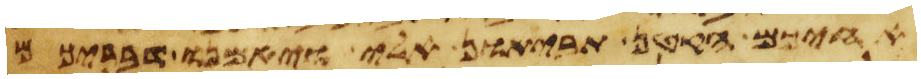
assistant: אחיכם הקטן תביאון אלי ויאמנו דבריכם